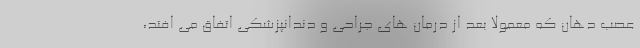
عصب دهان که معمولاً بعد از درمان های جراحی و دندانپزشکی اتفاق می افتد،